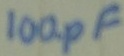
Text: 100pF